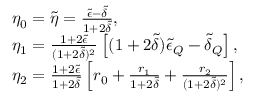
\begin{array} { r l } & { \eta _ { 0 } = \tilde { \eta } = \frac { \tilde { \epsilon } - \tilde { \delta } } { 1 + 2 \tilde { \delta } } , } \\ & { \eta _ { 1 } = \frac { 1 + 2 \tilde { \epsilon } } { ( 1 + 2 \tilde { \delta } ) ^ { 2 } } \left[ ( 1 + 2 \tilde { \delta } ) \tilde { \epsilon } _ { Q } - \tilde { \delta } _ { Q } \right] , } \\ & { \eta _ { 2 } = \frac { 1 + 2 \tilde { \epsilon } } { 1 + 2 \tilde { \delta } } \left[ r _ { 0 } + \frac { r _ { 1 } } { 1 + 2 \tilde { \delta } } + \frac { r _ { 2 } } { ( 1 + 2 \tilde { \delta } ) ^ { 2 } } \right] , } \end{array}